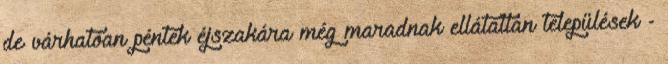
de várhatóan péntek éjszakára még maradnak ellátatlan települések -